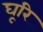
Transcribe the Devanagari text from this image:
घूरि